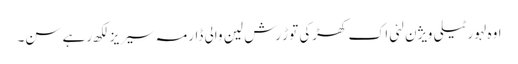
اوہ لہور ٹیلی ویژن لئی اک کھڑکی توڑ رش لین والی ڈارمہ سیریز لکھ رہے سن۔